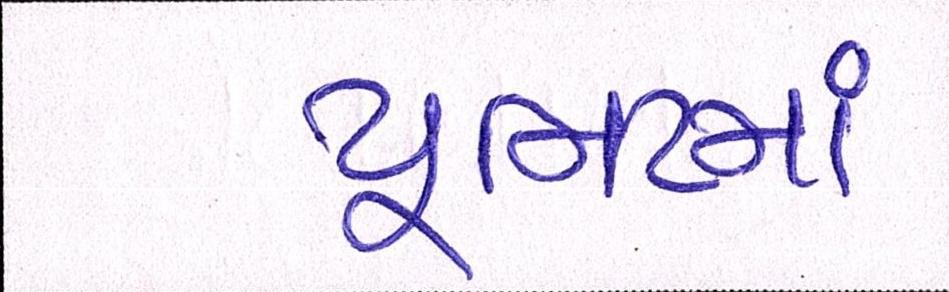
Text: યૂનિટમાં